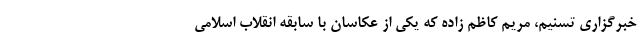
خبرگزاری تسنیم، مریم کاظم زاده که یکی از عکاسان با سابقه انقلاب اسلامی